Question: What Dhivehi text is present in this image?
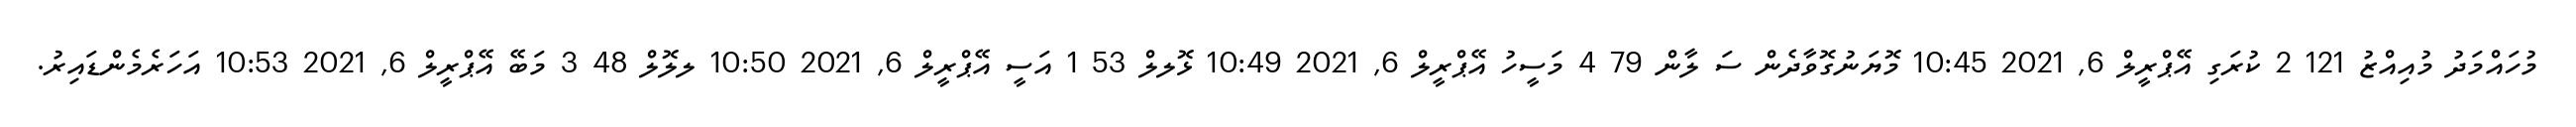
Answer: މުހައްމަދު މުއިއްޒު 121 2 ކުރަގި އޭޕްރީލް 6, 2021 10:45 މޮޔަނުގޮވާދެން ސަ ލާން 79 4 މަސީހު އޭޕްރީލް 6, 2021 10:49 ޅޮލލް 53 1 އަސީ އޭޕްރީލް 6, 2021 10:50 ލލޮލް 48 3 މަބޭ އޭޕްރީލް 6, 2021 10:53 އަހަރެމެންޑައިރު.